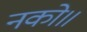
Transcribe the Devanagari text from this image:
नको॥